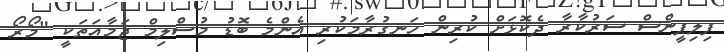
ފިލިޕީންސް ސަރުކާރާ ދެކޮޅަށް ކުރިން ހަނގުރާމަކުރި އެންމެ ބޮޑު މުސްލިމް ޖަމާއަތަކީ "މޯރޯ